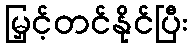
မြှင့်တင်နိုင်ပြီး